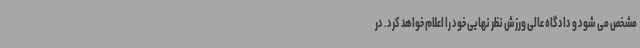
مشخص می شود و دادگاه عالی ورزش نظر نهایی خود را اعلام خواهد کرد. در